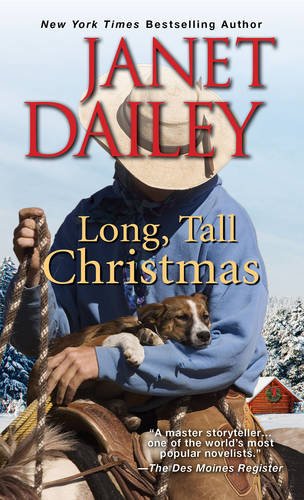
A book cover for Long, Tall Christmas (A Cowboy Christmas); Janet Dailey; Romance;